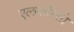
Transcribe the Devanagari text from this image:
एलफाॅन्सो